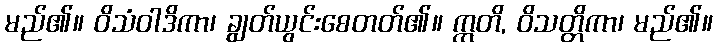
မည်၏။ ဝိသံဝါဒိကာ၊ ချွတ်ယွင်းစေတတ်၏။ ဣတိ, ဝိသတ္တိကာ၊ မည်၏။